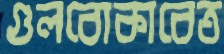
গুলবোকাবেত